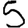
Digit: 5